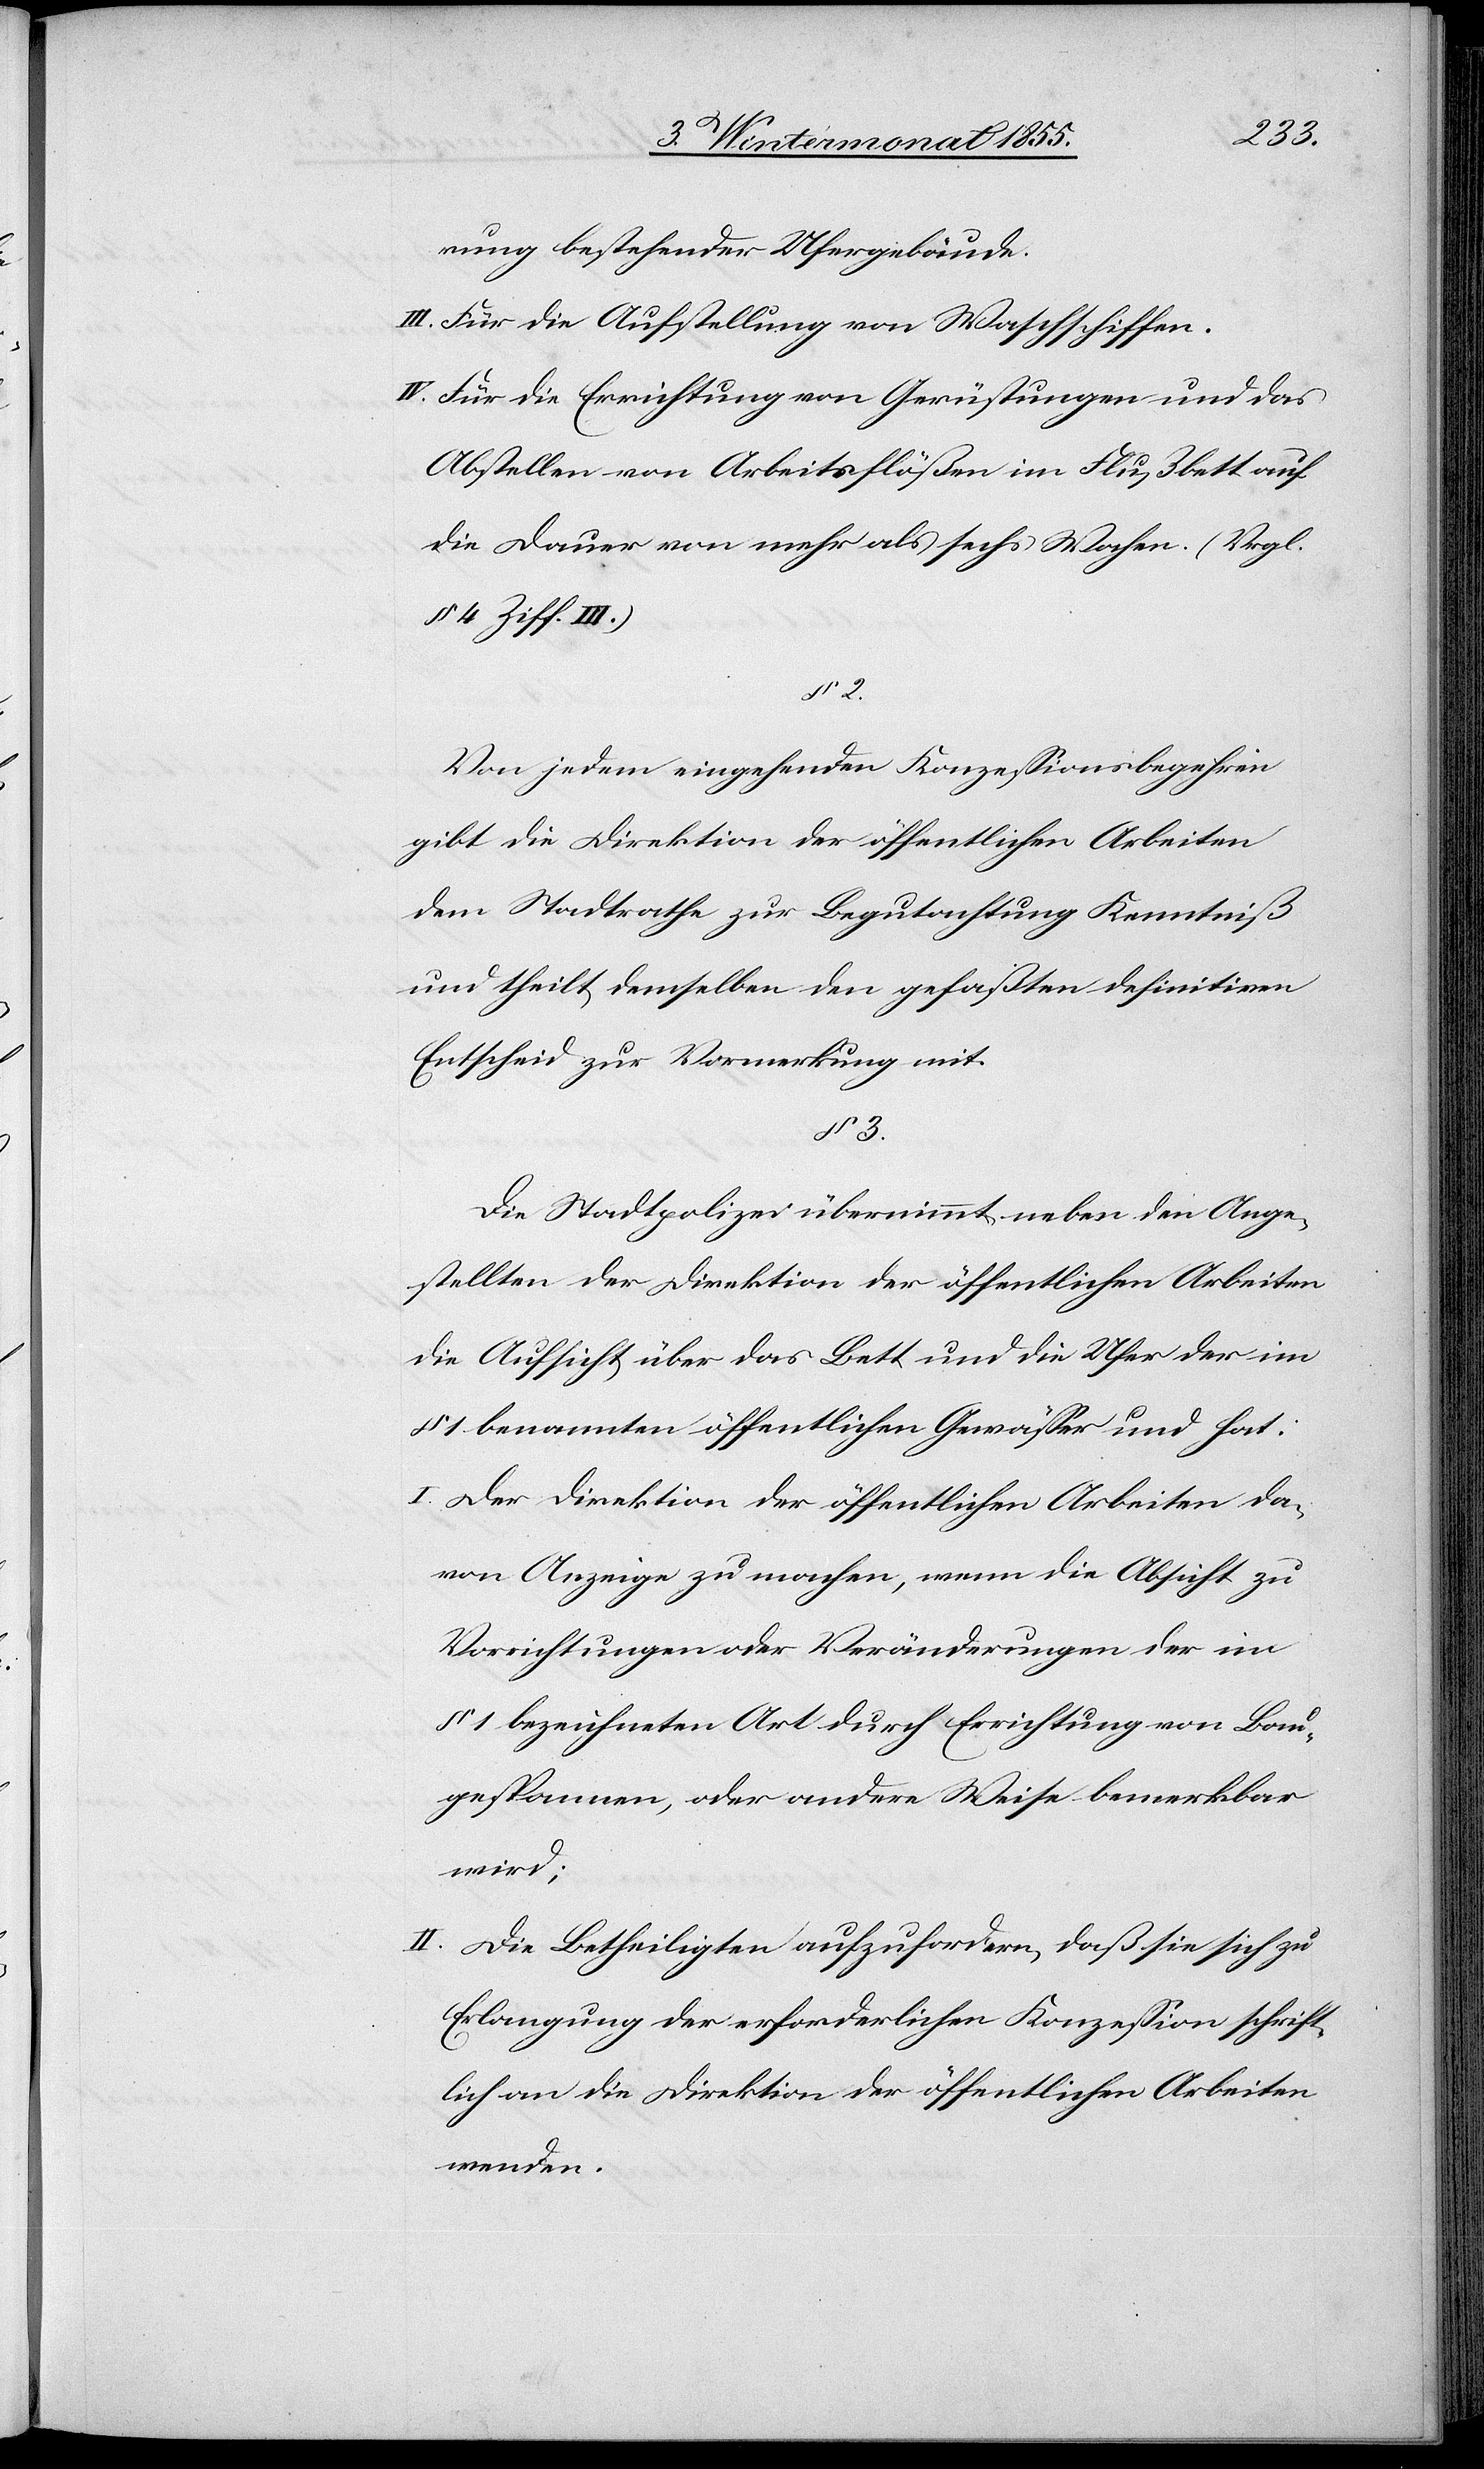
§ 3.
rung bestehender Ufergebäude.
Für die Aufstellung von Waschschiffen.
Für die Errichtung von Gerüstungen und das
Abstellen von Arbeitsflößen im Flußbett auf
die Dauer von mehr als sechs Wochen. (Vrgl.
§ 4 Ziff. III.)
Von jedem eingehenden Konzessionsbegehren
gibt die Direktion der öffentlichen Arbeiten
dem Stadtrathe zur Begutachtung Kenntniß
und theilt demselben den gefaßten definitiven
Entscheid zur Vormerkung mit.
Die Stadtpolizei übernimmt neben den Ange¬
stellten der Direktion der öffentlichen Arbeiten
die Aufsicht über das Bett und die Ufer der im
§ 1 benannten öffentlichen Gewässer und hat:
Der Direktion der öffentlichen Arbeiten da¬
von Anzeige zu machen, wenn die Absicht zu
Vorrichtungen oder Veränderungen der im
§ 1 bezeichneten Art durch Errichtung von Bau¬
gespannen, oder andere Weise bemerkbar
wird;
Die Betheiligten aufzufordern, daß sie sich zu
Erlangung der erforderlichen Konzession schrift¬
lich an die Direktion der öffentlichen Arbeiten
wenden.